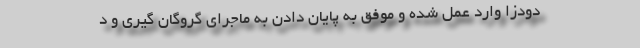
دودزا وارد عمل شده و موفق به پایان دادن به ماجرای گروگان گیری و د